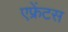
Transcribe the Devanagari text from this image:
एफ्रेंटस